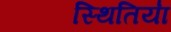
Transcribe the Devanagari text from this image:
स्थितिया॑